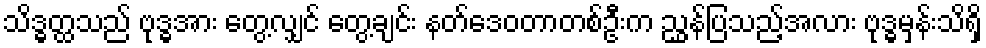
သိဒ္ဓတ္ထသည် ဗုဒ္ဓအား တွေ့လျှင် တွေ့ချင်း နတ်ဒေဝတာတစ်ဦးက ညွှန်ပြသည့်အလား ဗုဒ္ဓမှန်းသိရှိ